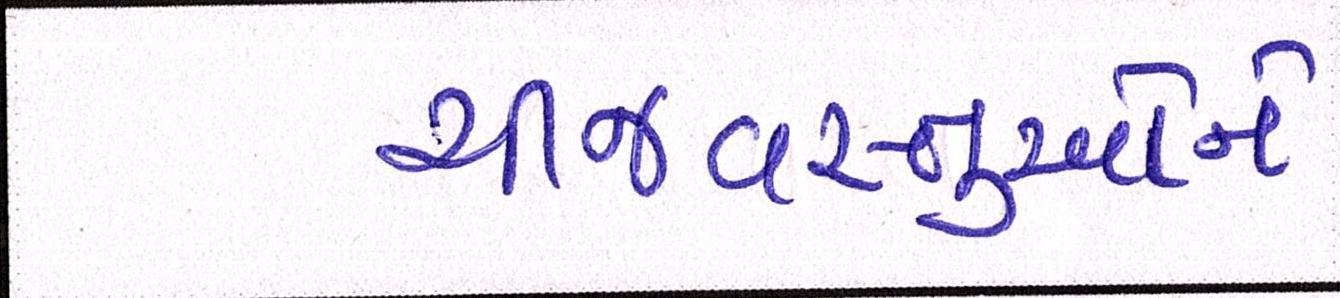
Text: ચીજવસ્તુઓને